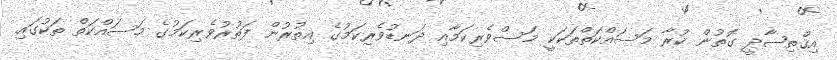
އިޤްތިޞާދީ ގޮތުން ކުރާ މަސައްކަތްތަކަކީ މަސްވެރިކަމާއި ދަނޑުވެރިކަމުގެ އިތުރުން ފަތުރުވެރިކަމުގެ މަސައްކަތް ތަކުގައި